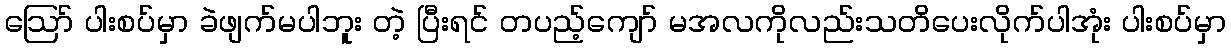
ဪ ပါးစပ်မှာ ခဲဖျက်မပါဘူး တဲ့ ပြီးရင် တပည့်ကျော် မအလကိုလည်းသတိပေးလိုက်ပါအုံး ပါးစပ်မှာ